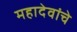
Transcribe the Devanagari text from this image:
महादेवांचे